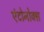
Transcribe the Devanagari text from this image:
एंटोनोक्स